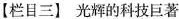
【栏目三】光辉的科技巨著